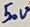
Text: 50V